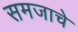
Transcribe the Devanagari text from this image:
समजाचे